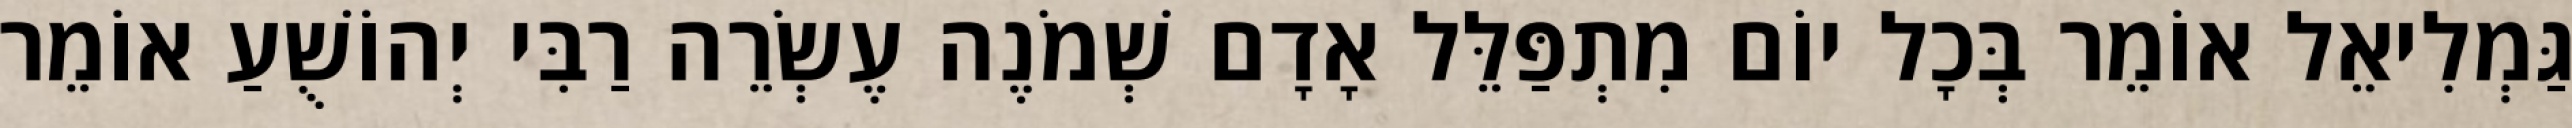
גַּמְלִיאֵל אוֹמֵר בְּכָל יוֹם מִתְפַּלֵּל אָדָם שְׁמֹנֶה עֶשְׂרֵה רַבִּי יְהוֹשֻׁעַ אוֹמֵר